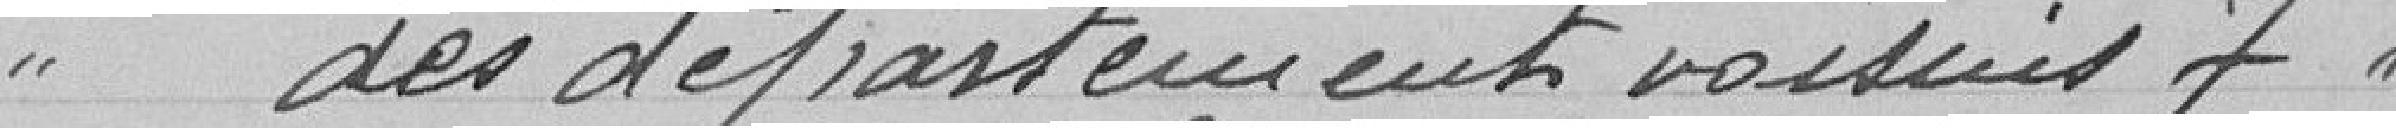
des départements voisins 7